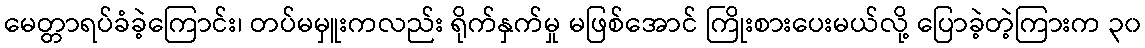
မေတ္တာရပ်ခံခဲ့ကြောင်း၊ တပ်မမှူးကလည်း ရိုက်နှက်မှု မဖြစ်အောင် ကြိုးစားပေးမယ်လို့ ပြောခဲ့တဲ့ကြားက ၃၀